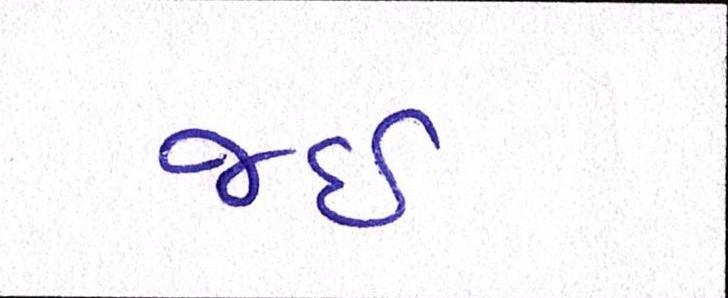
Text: જઈ